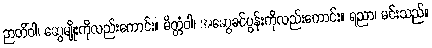
ဉာတိံဝါ၊ ဆွေမျိုးကိုလည်းကောင်း။ မိတ္တံဝါ၊ အဆွေခင်ပွန်းကိုလည်းကောင်း။ ရညာ၊ မင်းသည်။